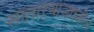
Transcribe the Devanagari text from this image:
साताऱ्याजवळील